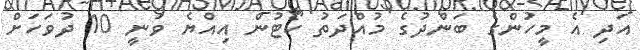
އަދި އެ މީހުންގެ ބަންދުގެ މުއްދަތު ކޯޓުން އިއްޔެ ވަނީ 10 ދުވަހަށް